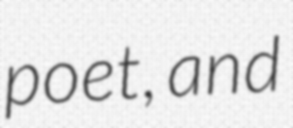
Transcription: poet, and